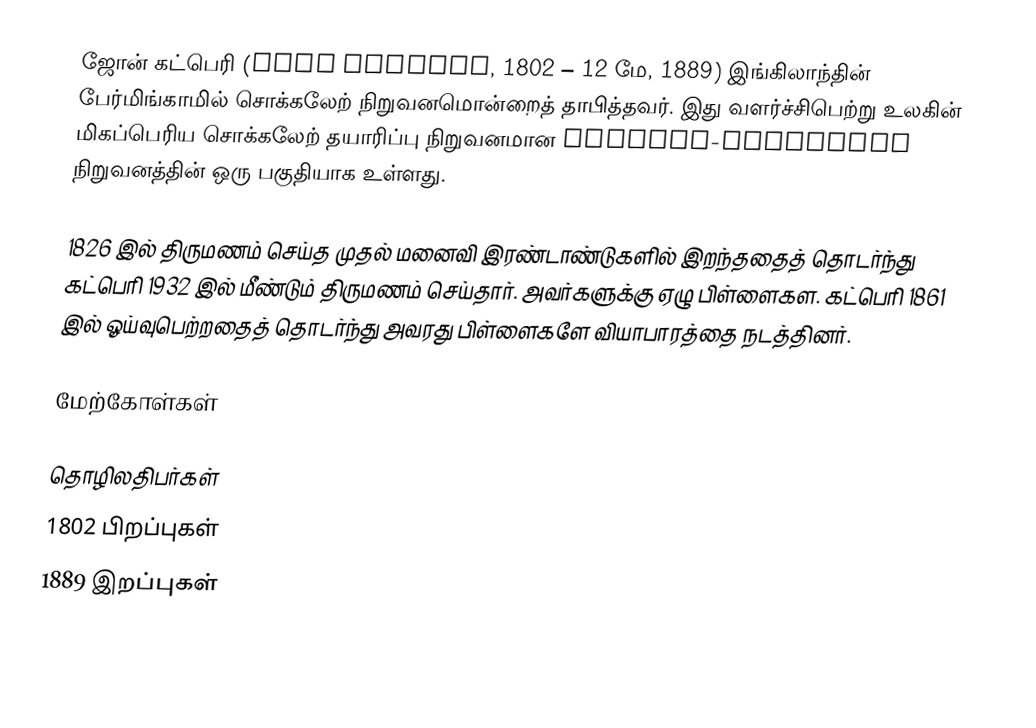
ஜோன் கட்பெரி (John Cadbury, 1802 – 12 மே, 1889) இங்கிலாந்தின் பேர்மிங்காமில் சொக்கலேற் நிறுவனமொன்றைத் தாபித்தவர். இது வளர்ச்சிபெற்று உலகின் மிகப்பெரிய சொக்கலேற் தயாரிப்பு நிறுவனமான Cadbury-Schweppes நிறுவனத்தின் ஒரு பகுதியாக உள்ளது.

1826 இல் திருமணம் செய்த முதல் மனைவி இரண்டாண்டுகளில் இறந்ததைத் தொடர்ந்து கட்பெரி 1932 இல் மீண்டும் திருமணம் செய்தார். அவர்களுக்கு ஏழு பிள்ளைகள. கட்பெரி 1861 இல் ஓய்வுபெற்றதைத் தொடர்ந்து அவரது பிள்ளைகளே வியாபாரத்தை நடத்தினர்.

மேற்கோள்கள்

தொழிலதிபர்கள்
1802 பிறப்புகள்
1889 இறப்புகள்